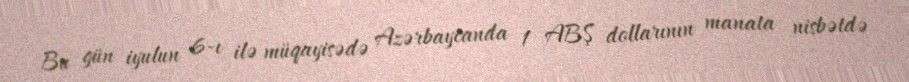
Bu gün iyulun 6-ı ilə müqayisədə Azərbaycanda 1 ABŞ dollarının manata nisbətdə